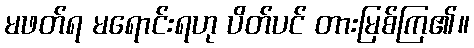
မဖတ်ရ မရောင်းရဟု ပိတ်ပင် တားမြစ်ကြ၏။